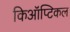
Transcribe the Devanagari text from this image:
किऑप्टिकल